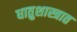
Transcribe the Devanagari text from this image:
धातुशास्त्रात